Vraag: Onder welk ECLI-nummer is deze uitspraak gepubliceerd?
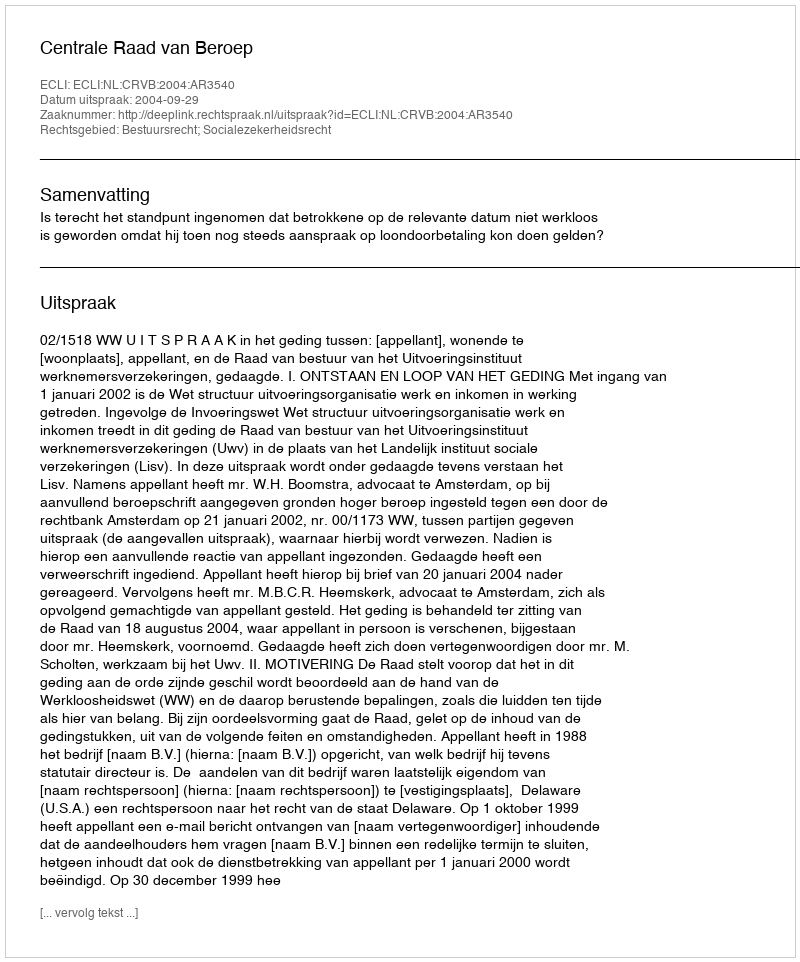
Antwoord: ECLI:NL:CRVB:2004:AR3540